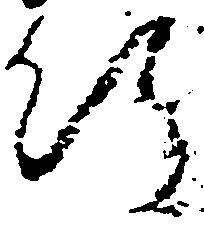
行